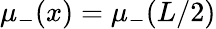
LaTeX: \mu_{-}(x)=\mu_{-}(L/2)